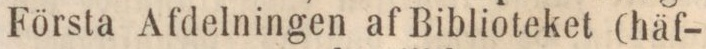
Första Afdelningen af Biblioteket (häf-